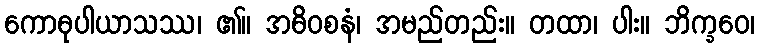
ကောဓုပါယာသဿ၊ ၏။ အဓိဝစနံ၊ အမည်တည်း။ တထာ၊ ပါး။ ဘိက္ခဝေ၊